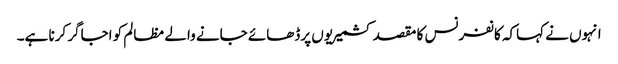
انہوں نے کہاکہ کانفرنس کا مقصد کشمیریوں پرڈھائے جانے والے مظالم کو اجاگر کرنا ہے۔